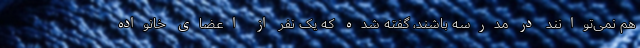
هم نمی‌توانند در مدرسه باشند، گفته شده که یک نفر از اعضای خانواده